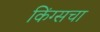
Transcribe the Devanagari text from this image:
किंग्सचा